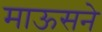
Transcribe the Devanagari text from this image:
माऊसने